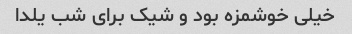
خیلى خوشمزه بود و شیک براى شب یلدا